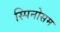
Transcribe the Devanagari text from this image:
स्पिनोसम